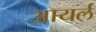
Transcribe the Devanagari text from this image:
आयर्ल